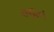
જાત